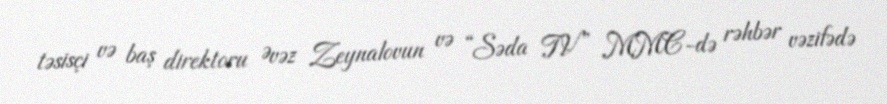
təsisçi və baş direktoru Əvəz Zeynalovun və “Səda TV” MMC-də rəhbər vəzifədə